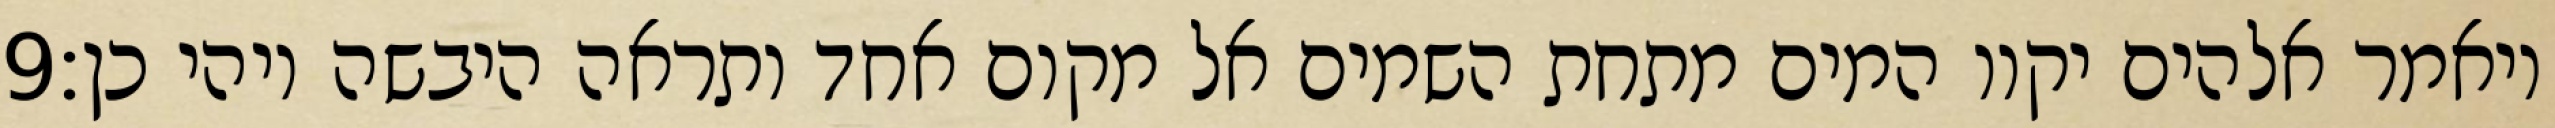
‎9‏ ויאמר אלהים יקוו המים מתחת השמים אל מקום אחד ותראה היבשה ויהי כן׃